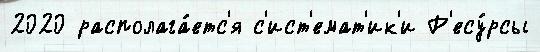
2020 располага́етс'я с'ист'емат'ик'и Р'есу́рсы